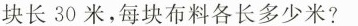
块长30米，每块布料各长多少米?